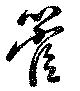
管